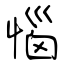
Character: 惱